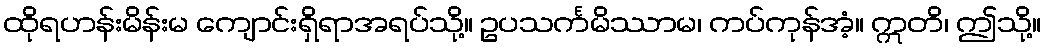
ထိုရဟန်းမိန်းမ ကျောင်းရှိရာအရပ်သို့။ ဥပသင်္ကမိဿာမ၊ ကပ်ကုန်အံ့။ ဣတိ၊ ဤသို့။